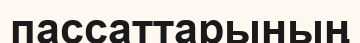
пассаттарының